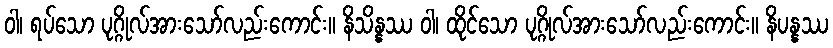
ဝါ၊ ရပ်သော ပုဂ္ဂိုလ်အားသော်လည်းကောင်း။ နိသိန္နဿ ဝါ၊ ထိုင်သော ပုဂ္ဂိုလ်အားသော်လည်းကောင်း။ နိပန္နဿ